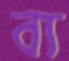
ব্য